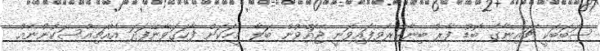
ސަބަބަކީ ޗައިނާގެ ބޮޑު ފާރު ބިނާކުރެވިފައިވަނީ ޖައްވުން ބަލާ މީހަކަށް ފާހަގަވާނޭފަދަ އެއްޗިއްސަކުންނެއް